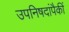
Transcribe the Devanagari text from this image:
उपनिषदांपैकीं